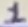
Text: 1